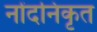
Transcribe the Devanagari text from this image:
नोंदनिकृत